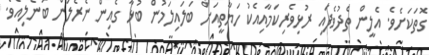
ގޮތަކަށެވެ. އެލީން ތެދުވެފައި ރުޅިވެރިކަމާއިއެކު ހަޔާތީއަށް ބަލައިލަމުން ބުޅާ ގެއިން ނެރެލަން ބުނެލިއެވެ.